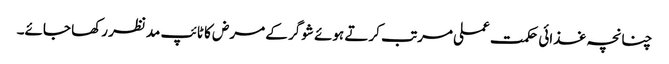
چنانچہ غذائی حکمت عملی مرتب کرتے ہوئے شوگر کے مرض کا ٹائپ مدنظر رکھا جائے۔